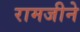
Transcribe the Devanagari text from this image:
रामजीने